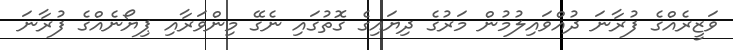
ވަޒީރެއްގެ ފުރާނަ ދުއްވައިލުމުން މަރުގެ ދިޔައިގެ ގޮތުގައި ނެގޭ މިންވަރާއި ޕިޔޯނެއްގެ ފުރާނަ